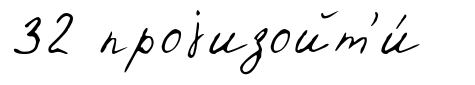
32 проjизойт'и́